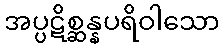
အပ္ပဋိစ္ဆန္နပရိဝါသော